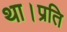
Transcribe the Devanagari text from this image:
था।प्रति